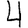
Digit: 4